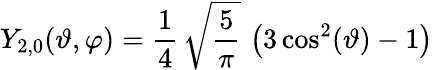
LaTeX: Y_{2,0}(\vartheta,\varphi)=\frac{1}{4}\, \sqrt{\frac{5}{\pi}}\, \left(3\cos^{2}(\vartheta)-1\right)